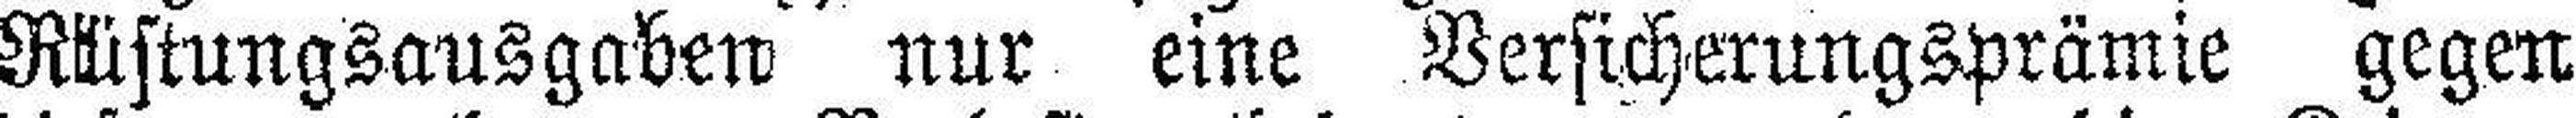
Rüstungsausgaben nur eine Versicherungsprämie gegen